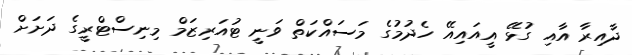
ދާއިރާ އާއި ގުޅޭ އީއައިއޭ ހެދުމުގެ މަސައްކަތް ވަނީ ޓުއަރިޒަމް މިނިސްޓްރީގެ ދަށަށް